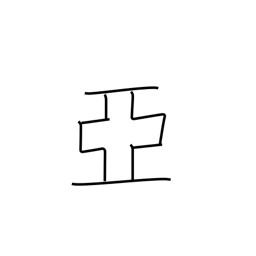
Meaning: follow